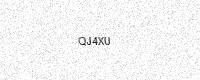
Text: QJ4XU